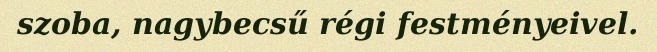
szoba, nagybecsű régi festményeivel.